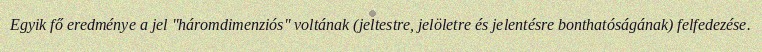
Egyik fő eredménye a jel "háromdimenziós" voltának (jeltestre, jelöletre és jelentésre bonthatóságának) felfedezése.